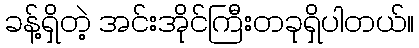
ခန့်ရှိတဲ့ အင်းအိုင်ကြီးတခုရှိပါတယ်။